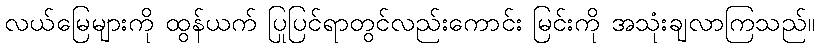
လယ်မြေများကို ထွန်ယက် ပြုပြင်ရာတွင်လည်းကောင်း မြင်းကို အသုံးချလာကြသည်။